Lunatic asylums Madras 1892-1911 - 1892-1911
Year: 1892
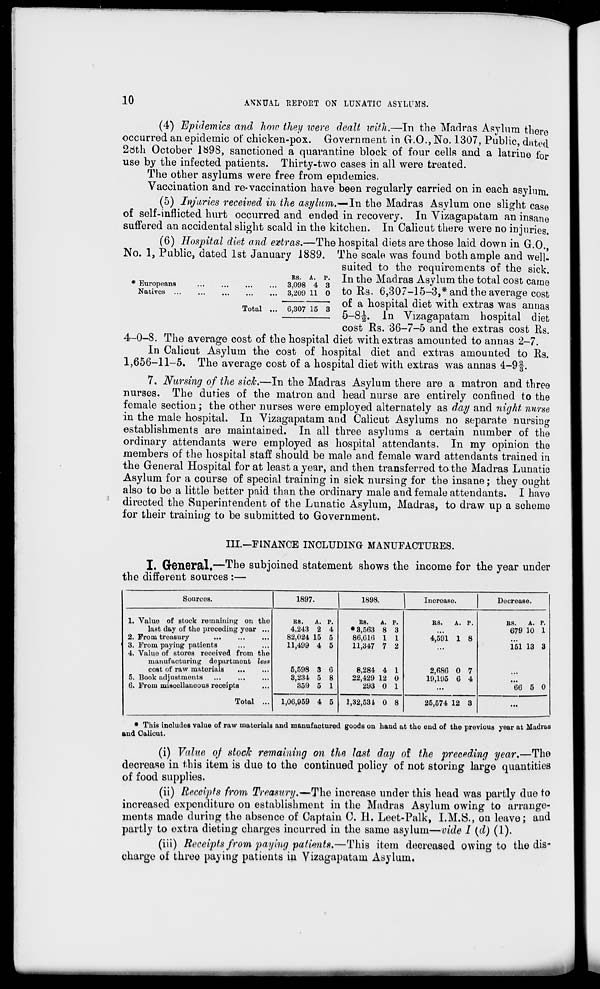
10
ANNUAL REPOKT ON LUNATIC ASYLUMS.
* Europeans
Natives
Rs. A. p.
3,098 4 3
3,209 11 0
Total
6,307 15 3
(4) Epidemics and how they were dealt with.—In the Madras Asylum there
occurred an epidemic of chicken-pox. Government in G.O., No. 1307, Public, dated
2dth October 1&98, sanctioned a quarantine block of four cells and a latrine for
use by the infected patients. Thirty-two cases in all were treated.
The other asylums were free from epidemics.
Vaccination and re-vaccination have been regularly carried on in each asylum.
(5) Injuries received in the asylum.— In the Madras Asylum one slight case
of self-inflicted hurt occurred and ended in recovery. In Vizagapatam an insane
suffered an accidental slight scald in the kitchen. In Calicut there were no injuries.
(6) Hospital diet and extras.—The hospital diets are those laid down in G.O.,
No. 1, Public, dated 1st January 1889. The scale was found both ample and well-
suited to the requirements of the sick.
In the Madras Asylum the total cost came
to Rs. 6,307-15-3,* and the average cost
of a hospital diet with extras was annas
5-8-J. In Vizagapatam hospital diet
cost Rs. 36-7-5 and the extras cost Rs.
4-0-8. The average cost of the hospital diet with extras amounted to annas 2-7.
In Calicut Asylum the cost of hospital diet and extras amounted to Rs.
1,656-11-5. The average cost of a hospital diet with extras was annas 4-9f.
7. Nursing of the sick.—In the Madras Asylum there are a matron and three
nurses. The duties of the matron and head nurse are entirely confined to the
female section; the other nurses were employed alternately as day and night nurse
in the male hospital. In Vizagapatam and Calicut Asylums no separate nursing
establishments are maintained. In all three asylums a certain number of the
ordinary attendants were employed as hospital attendants. In my opinion the
members of the hospital staff should be male and female ward attendants trained in
the General Hospital for at least a year, and then transferred to the Madras Lunatic
Asylum for a course of special training in sick nursing for the insane; they ought
also to be a little better paid than the ordinary male and female attendants. I have
directed the Superintendent of the Lunatic Asylum, Madras, to draw up a scheme
for their training to be submitted to Government.
III.—FINANCE INCLUDING MANUFACTUEES.
I. General.—The subjoined statement shows the income for the year under
the different sources :—
Sources.
1897.
1898.
Increase.
Decrease.
1. Value of stock remaining on the
last day of the preceding year ...
2. From treasury
3. From paying patients
4. Value of stores received from the
manufacturing department less
cost of raw materials
5. Book adjustments
6. From miscellaneous receipts
Total ...
BS.
A.
4,243 2
82,024 15
11,499 4
5,598 3
3,234 5
359 5
p.
4
5
5
6
8
1
RS.
A.
* 3,563 8
86,01(5 1
11,347 7
8,284 4
22,429 12
293 0
p.
3
1
2
1
0
1
RS.
A.
4,591 1
2,68G 0
19,195 6
p.
8
7
4
RS.
A. P.
679 10 1
151 13 3
*66 5 0
1,0G,959 4 5
1,32,534 0 8
25,574 12 3
...
* This includes value of raw materials and manufactured goods on hand at tho end of the previous year at Madras
and Calicut.
(i) Value of stock remaining on the last day of. the preceding year,—The
decrease in this item is due to the continued policy of not storing large quantities
of food supplies.
(ii) Receipts from Treasury.—Tho increase under this head was partly due to
increased expenditure on establishment in the Madras Asylum owing to arrange-
ments made during the absence of Captain C. II. Leet-Palk, I.M.S., on leave; and
partly to extra dieting charges incurred in the same asylum—vide I {d) (1).
(iii) Receipts from paying patients.—This item decreased owing to the dis-
charge of three paying patients iu Vizagapatam Asylum.
^